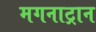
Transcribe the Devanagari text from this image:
मगनाट्रान